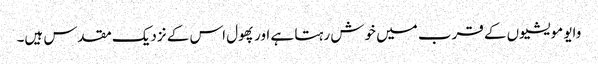
وایو مویشیوں کے قرب میں خوش رہتا ہے اور پھول اس کے نزدیک مقدس ہیں۔